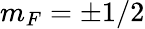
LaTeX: m_{F}=\pm 1/2